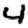
Digit: 4